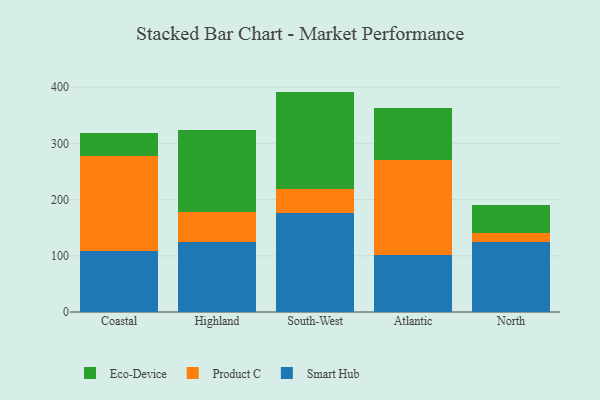
{"axis": {"x": "Region", "y": "Temperature (°C)"}, "legend": ["Eco-Device", "Product C", "Smart Hub"], "data": [{"x": "Coastal", "y": 108.1, "type": "Smart Hub"}, {"x": "Coastal", "y": 169.0, "type": "Product C"}, {"x": "Coastal", "y": 40.6, "type": "Eco-Device"}, {"x": "Highland", "y": 125.2, "type": "Smart Hub"}, {"x": "Highland", "y": 53.6, "type": "Product C"}, {"x": "Highland", "y": 144.6, "type": "Eco-Device"}, {"x": "South-West", "y": 176.6, "type": "Smart Hub"}, {"x": "South-West", "y": 42.0, "type": "Product C"}, {"x": "South-West", "y": 173.6, "type": "Eco-Device"}, {"x": "Atlantic", "y": 101.2, "type": "Smart Hub"}, {"x": "Atlantic", "y": 169.3, "type": "Product C"}, {"x": "Atlantic", "y": 91.8, "type": "Eco-Device"}, {"x": "North", "y": 123.8, "type": "Smart Hub"}, {"x": "North", "y": 17.3, "type": "Product C"}, {"x": "North", "y": 49.6, "type": "Eco-Device"}]}